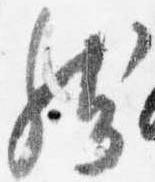
然